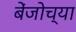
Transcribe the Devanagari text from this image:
बेंजोच्या